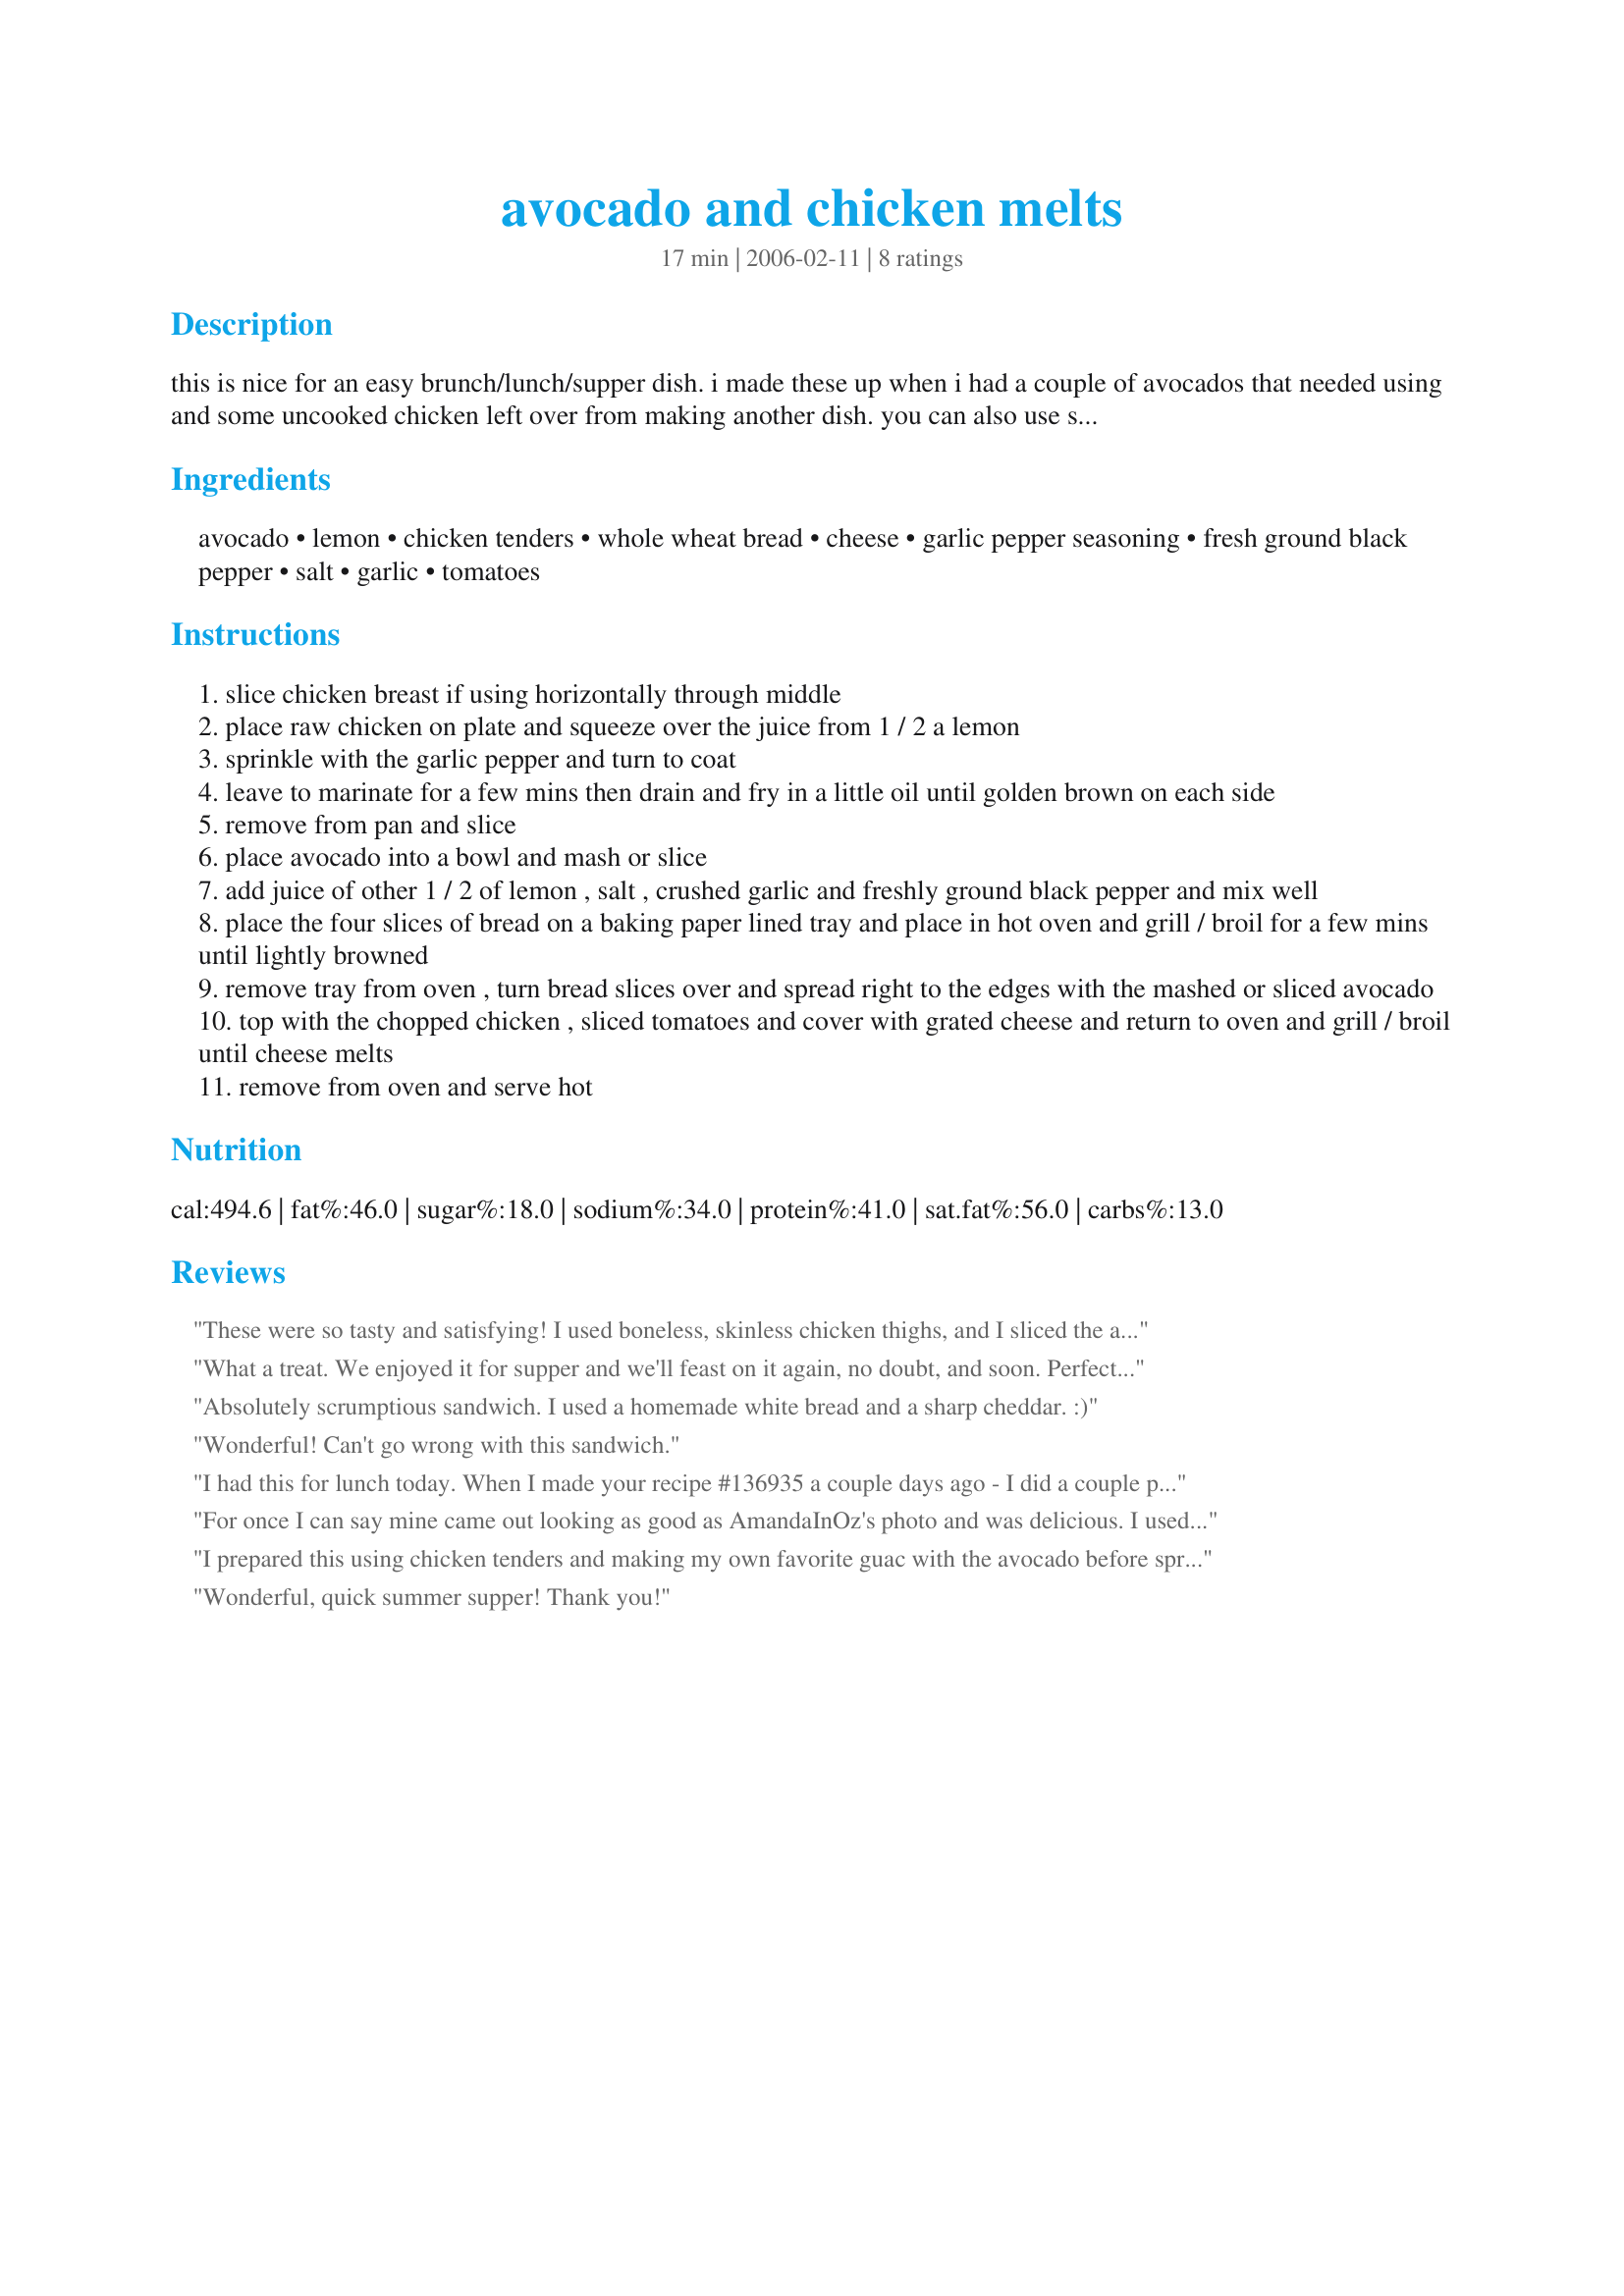
avocado and chicken melts
Preparation time: 17 minutes

this is nice for an easy brunch/lunch/supper dish. i made these up when i had a couple of avocados that needed using and some uncooked chicken left over from making another dish. you can also use some crushed garlic in with the avocado and also top with sliced tomato before topping with the cheese. i have also made this with some shredded chicken from the deli and this works well too. if your avocado is still firm just use slices instead of mashing.

Ingredients:
avocado, lemon, chicken tenders, whole wheat bread, cheese, garlic pepper seasoning, fresh ground black pepper, salt, garlic, tomatoes

Steps:
slice chicken breast if using horizontally through middle
place raw chicken on plate and squeeze over the juice from 1 / 2 a lemon
sprinkle with the garlic pepper and turn to coat
leave to marinate for a few mins then drain and fry in a little oil until golden brown on each side
remove from pan and slice
place avocado into a bowl and mash or slice
add juice of other 1 / 2 of lemon , salt , crushed garlic and freshly ground black pepper and mix well
place the four slices of bread on a baking paper lined tray and place in hot oven and grill / broil for a few mins until lightly browned
remove tray from oven , turn bread slices over and spread right to the edges with the mashed or sliced avocado
top with the chopped chicken , sliced tomatoes and cover with grated cheese and return to oven and grill / broil until cheese melts
remove from oven and serve hot

Reviews:
These were so tasty and satisfying! I used boneless, skinless chicken thighs, and I sliced the avocado then lightly tossed it with the lemon, garlic, salt and pepper and served the melts on Turkish bread. These were juicy and needed no extra condiments or sauces. They were also quick and easy to throw together. Thanks for a real keeper Jen!
What a treat. We enjoyed it for supper and we'll feast on it again, no doubt, and soon. Perfect as written.
Absolutely scrumptious sandwich. I used a homemade white bread and a sharp cheddar. :)
Wonderful! Can't go wrong with this sandwich.
I had this for lunch today. When I made your recipe #136935 a couple days ago - I did a couple plain chicken breasts in the breading. There was one leftover that I cut in half and used instead of the chicken called for in the recipe. Very tasty! :) Loved the tomatoes and avocados. Thanks for posting! Made for the September 2009 Aussie/NZ recipe swap.
For once I can say mine came out looking as good as AmandaInOz's photo and was delicious. I used a deli chicken, slicing the breast meat thin and a vintage cheddar and just rubbed the garlic over the toasted ciabatta. Thank you Jen T for a delicious lunch. Made for Recipe Swap #13 - February 2008.
I prepared this using chicken tenders and making my own favorite guac with the avocado before spreading it on the multi-grain bread. I topped it with a pre-shredded Mexican cheese blend. I loved the flavor combo of the guac, tomato, garlicky chicken and crisply toasted bread, all topped with cheese. This was a quick fix for a solo dinner. Thanks for posting.
Wonderful, quick summer supper! Thank you!
